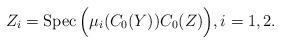
LaTeX: \begin{align*}Z_i = \operatorname{Spec}\Big( \mu_i(C_0(Y))C_0(Z) \Big),i=1,2.\end{align*}